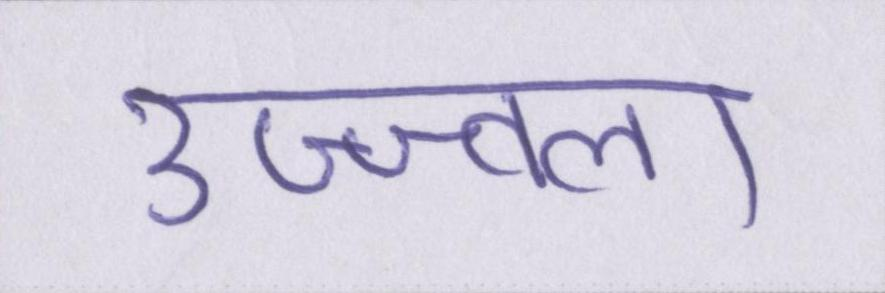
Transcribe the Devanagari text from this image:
उज्ज्वला